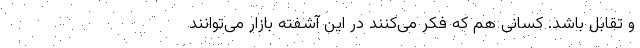
و تقابل باشد. کسانی هم که فکر می‌کنند در این آشفته بازار می‌توانند